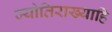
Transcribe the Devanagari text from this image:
ज्योतिराख्याहि